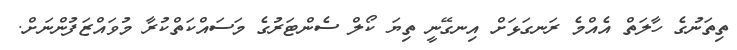
ތިތަނުގެ ހާލަތް އެއްމެ ރަނގަޅަށް އިނގޭނީ ތިޔަ ކޯލް ސެންޓަރުގެ މަސައްކަތްކުރާ މުވައްޒަފުންނަށް.